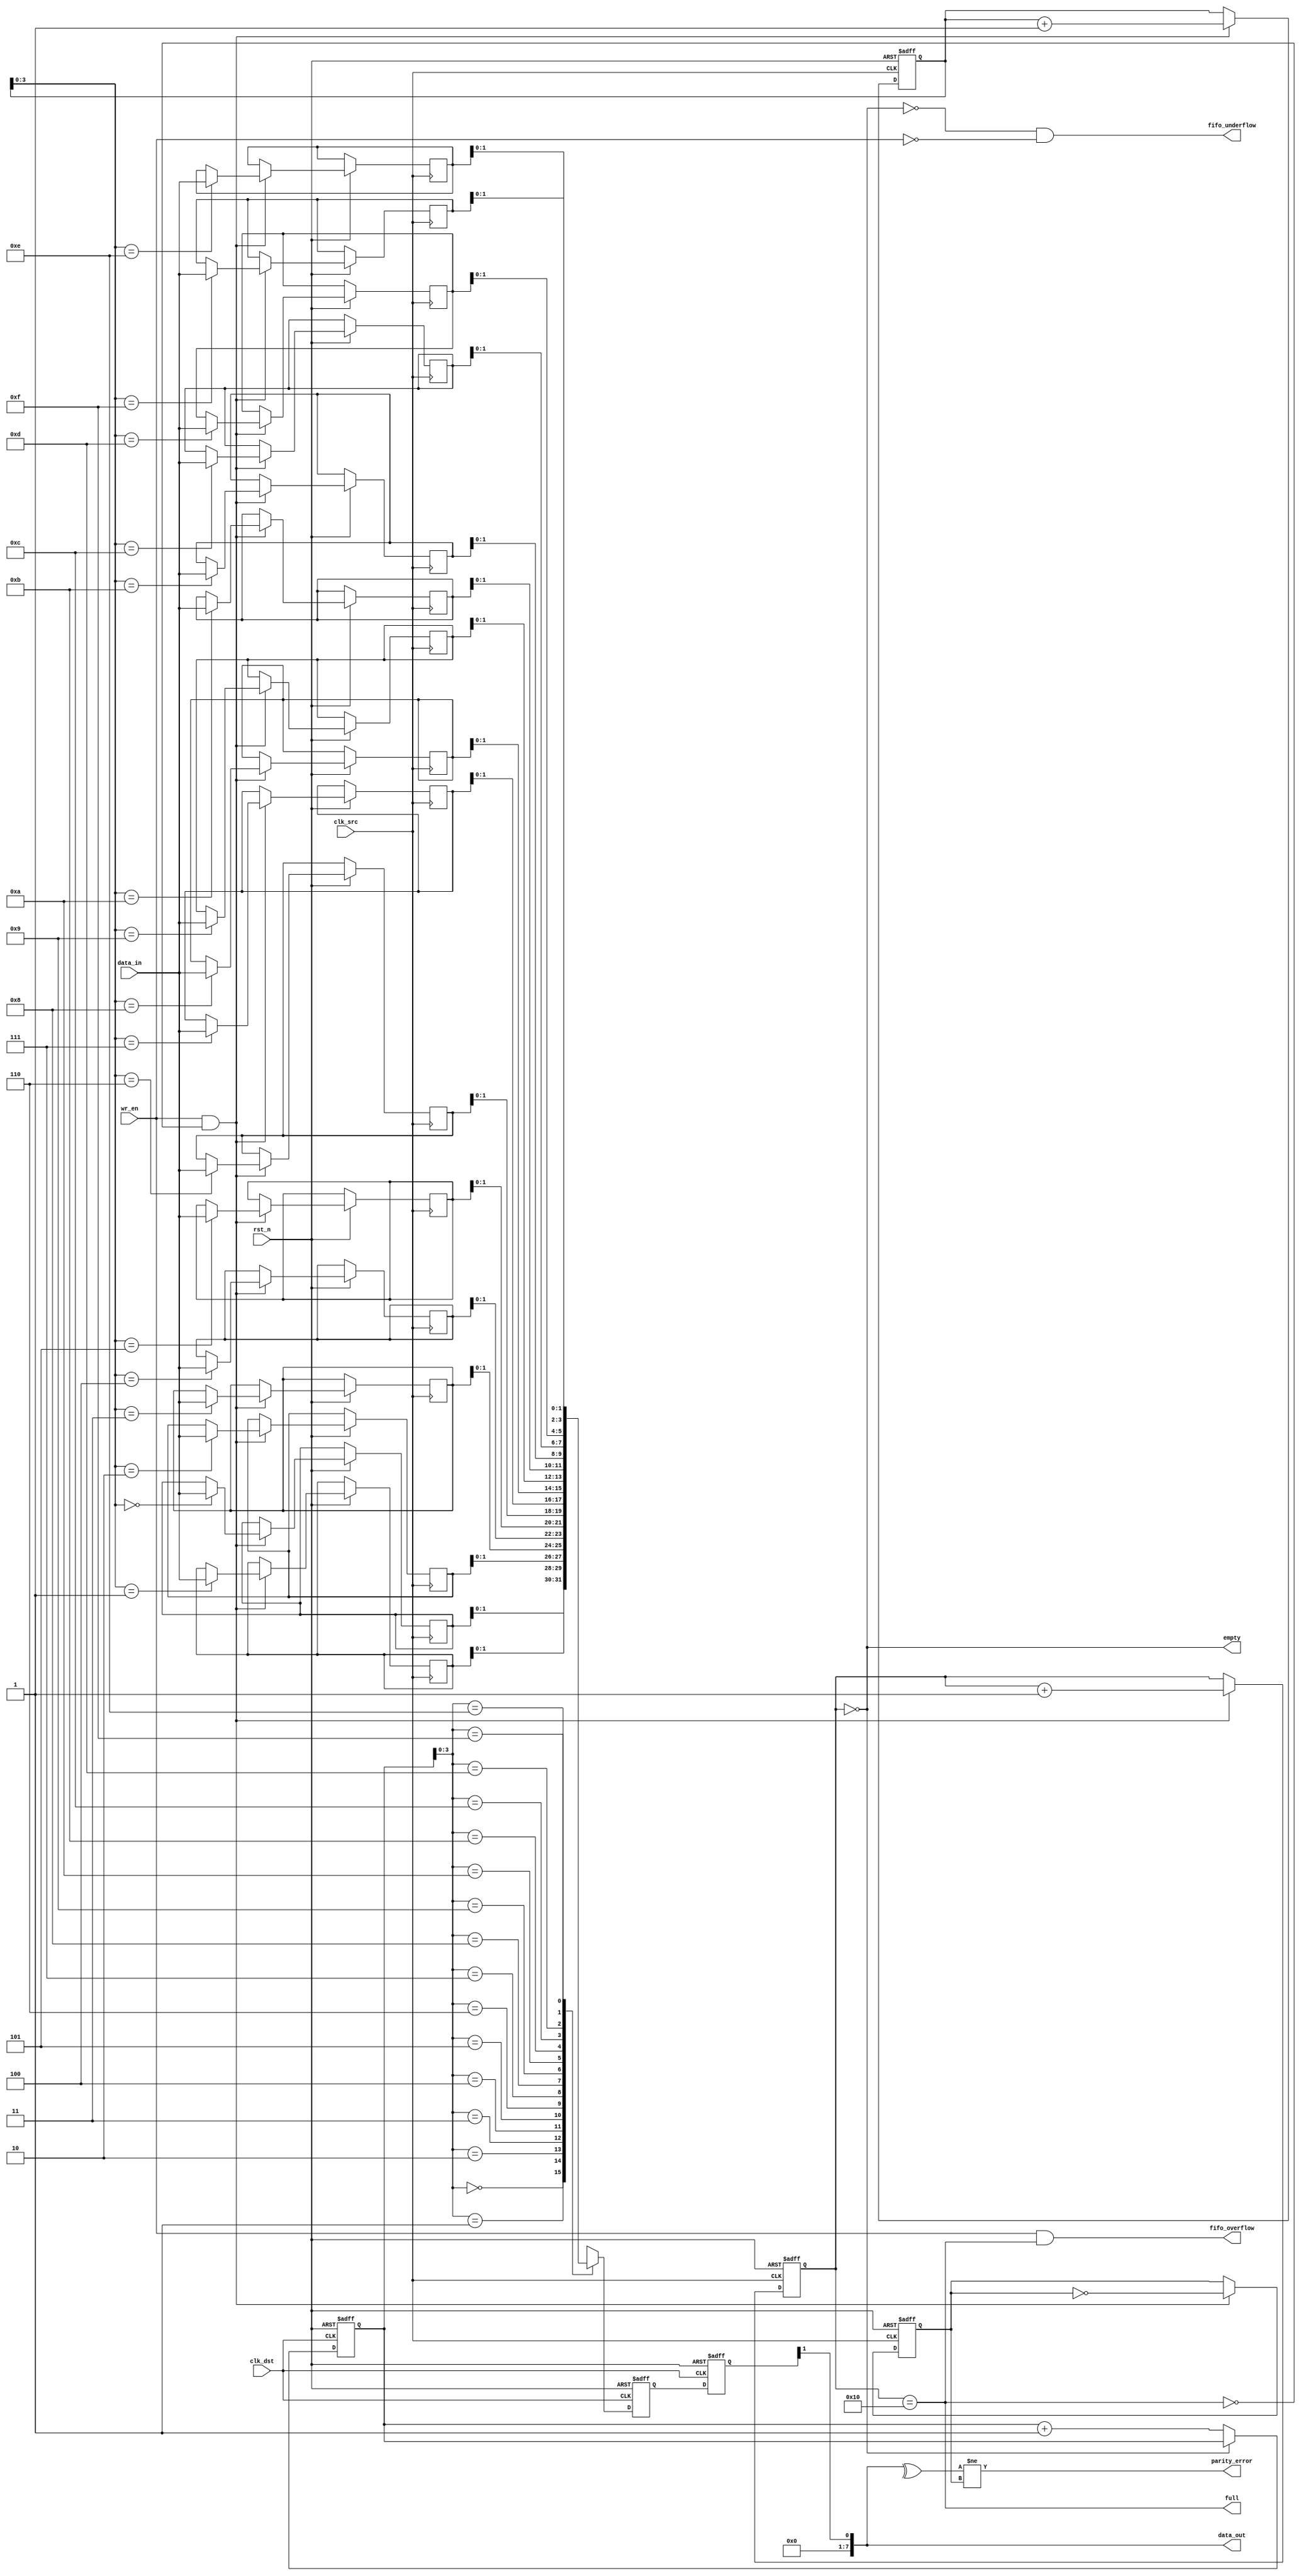
module cdc_memory_blocks #(
    parameter DATA_WIDTH = 8,
    parameter FIFO_DEPTH = 16
)(
    input wire clk_src,                // Source clock
    input wire clk_dst,                // Destination clock
    input wire rst_n,                  // Active low reset
    input wire [DATA_WIDTH-1:0] data_in, // Data input from source domain
    input wire wr_en,                  // Write enable signal
    output wire full,                  // FIFO full indicator
    output wire empty,                 // FIFO empty indicator
    output wire [DATA_WIDTH-1:0] data_out, // Data output to destination domain
    output wire parity_error,          // Parity error indicator
    output wire fifo_underflow,        // FIFO underflow indicator
    output wire fifo_overflow          // FIFO overflow indicator
);

    // FIFO buffer
    reg [DATA_WIDTH-1:0] fifo_mem [0:FIFO_DEPTH-1];
    reg [4:0] wr_ptr, rd_ptr;          // Write and read pointers
    reg [4:0] fifo_count;              // FIFO count
    reg parity_bit;                    // Parity bit for error detection

    // Write operation
    always @(posedge clk_src or negedge rst_n) begin
        if (!rst_n) begin
            wr_ptr <= 0;
            fifo_count <= 0;
            parity_bit <= 0;
        end else if (wr_en && !full) begin
            fifo_mem[wr_ptr] <= data_in;
            parity_bit <= ~parity_bit; // Toggle parity bit on each write
            wr_ptr <= wr_ptr + 1;
            fifo_count <= fifo_count + 1;
        end
    end

    // Read operation
    always @(posedge clk_dst or negedge rst_n) begin
        if (!rst_n) begin
            rd_ptr <= 0;
        end else if (!empty) begin
            rd_ptr <= rd_ptr + 1;
        end
    end

    // FIFO status indicators
    assign full = (fifo_count == FIFO_DEPTH);
    assign empty = (fifo_count == 0);
    assign fifo_overflow = (wr_en && full);
    assign fifo_underflow = (!empty && !wr_en);

    // Data output with synchronization
    reg [DATA_WIDTH-1:0] sync_data;
    reg [1:0] sync_ff1, sync_ff2; // 2-stage flip-flop for synchronization

    always @(posedge clk_dst or negedge rst_n) begin
        if (!rst_n) begin
            sync_ff1 <= 2'b00;
            sync_ff2 <= 2'b00;
        end else begin
            sync_ff1 <= {empty, fifo_mem[rd_ptr]};
            sync_ff2 <= sync_ff1;
        end
    end

    assign data_out = sync_ff2[1];
    
    // Parity check
    wire calculated_parity;
    assign calculated_parity = ^data_out; // Calculate parity for received data
    assign parity_error = (calculated_parity != parity_bit);

endmodule